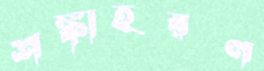
শঙ্কাহরণ